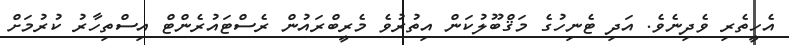
އެހީތެރި ވެދިނެވެ. އަދި ޓެނިހުގެ މަޤްބޫލުކަން އިތުރުވެ މެރީބްރައުން ރެސްޓައުރެންޓް އިސްތިހާރު ކުރުމަށް